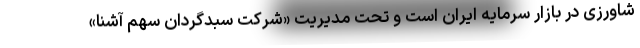
شاورزی در بازار سرمایه ایران است و تحت مدیریت «شرکت سبدگردان سهم آشنا»